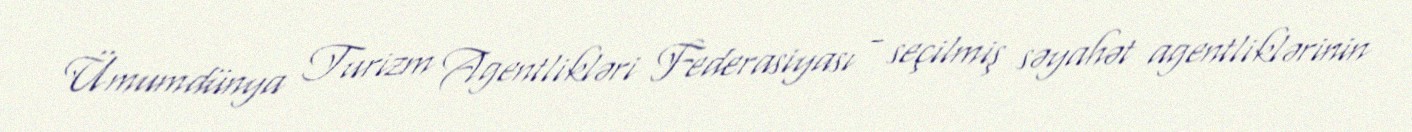
Ümumdünya Turizm Agentlikləri Federasiyası - seçilmiş səyahət agentliklərinin